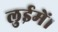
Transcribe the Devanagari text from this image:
लुईमें।